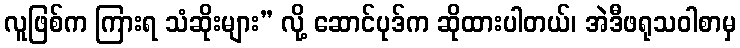
လူဖြစ်က ကြားရ သံဆိုးများ” လို့ ဆောင်ပုဒ်က ဆိုထားပါတယ်၊ အဲဒီဖရုသဝါစာမှ